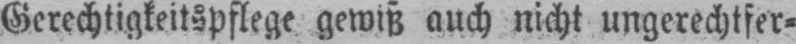
Gerechtigkeitspflege gewiß auch nicht ungerechtfer⸗